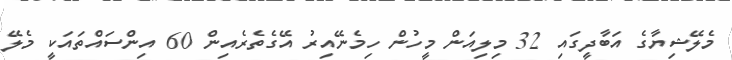
މެލޭޝިޔާގެ އަބާދީގައި 32 މިލިއަން މީހުން ހިމެނޭއިރު އޭގެތެރެއިން 60 އިންސައްތައަކީ މެލޭ